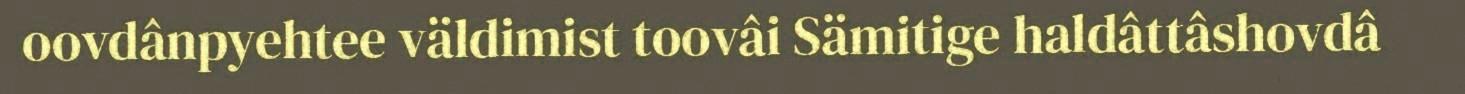
oovdânpyehtee väldimist toovâi Sämitige haldâttâshovdâ